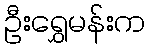
ဦးရွှေမန်းက